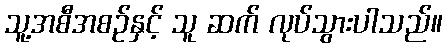
သူ့အစီအစဉ်နှင့် သူ ဆက် လုပ်သွားပါသည်။